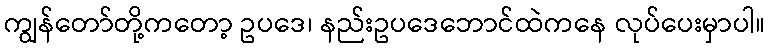
ကျွန်တော်တို့ကတော့ ဥပဒေ၊ နည်းဥပဒေဘောင်ထဲကနေ လုပ်ပေးမှာပါ။